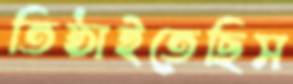
তিষ্ঠাইতেছিস